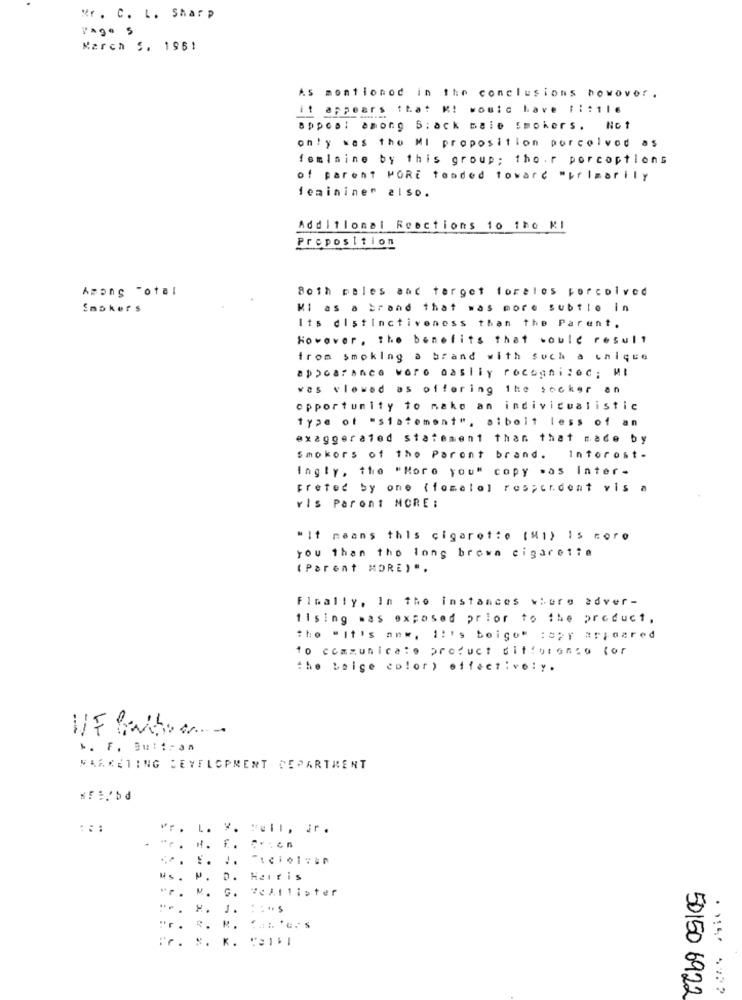
Mr. C. L. Sharp
Pago 5
March S. 1961
AS mentioned in the conclusions howover .
it appears that K! would have 11:116
appca: among B;ack maie smokers. Not
only was the MI proposition porcelvod as
feminine by this group; tho .r porcoptions
of parent MORE tended toward "primarily
feminine" also.
Additional Reactions 10 the KI
Preposition
Among Total
Both pales and target foreles porcolved
Smokers
MI as a brand that was more subtle in
Its distinctiveness than the Parent.
However, the benefits that could result
from smoking a brand with Such a chique
appearance wore oasliy roceghi:ec ; MI
vos viewed as offering the socker an
opportunity to make an individualistic
type of "statement", aibolt less of an
exaggerated statement than that made by
Smokors of the Parent brand. Intorost.
Ingly, the "More you" copy mas Inter-
Freted by one (fomelo) respondent vis a
vis Paront MORE :
"It means this cigaret:o (Mi) 15 coro
you than the long brown cigarette
(Parent MORE) ".
Finally, In the instances where adver -
11sing was exposed prior to the product,
tho "It's anw, it's boigot :apy appeared
to communicate product difference for
the boige color) effectively.
M. F. Buttran
MARKETING DEVELOPMENT DEPARTMENT
:::
f .
.. ..
P. D.
Hairis
G. 7cAllister
H. J. ... $
.r .
R. N. .... 'G. S
Pr. x. K. C.I.I
50150 6922